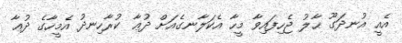
އެއީ އުނދަގޫ ޙާލު ޖެހިފައިވާ މީހާ އެކަލާނގެއަށް ދުޢާ ކުރާހިނދު އެމީހާގެ ދުޢާ